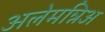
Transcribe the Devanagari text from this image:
अलेमन्निअ